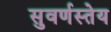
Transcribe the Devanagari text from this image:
सुवर्णस्तेय